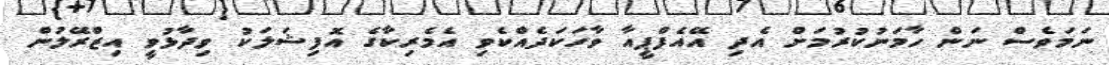
ނަމަވެސް ނަން ހާމަނުކުރުމަށް އެދި އޭއެފްޕީއާ ވާހަކަދެއްކެވި އެމެރިކާގެ އޮފިޝަލަކު ވިދާޅުވީ އިޒްރޭލުން